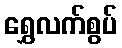
ရွှေလက်စွပ်